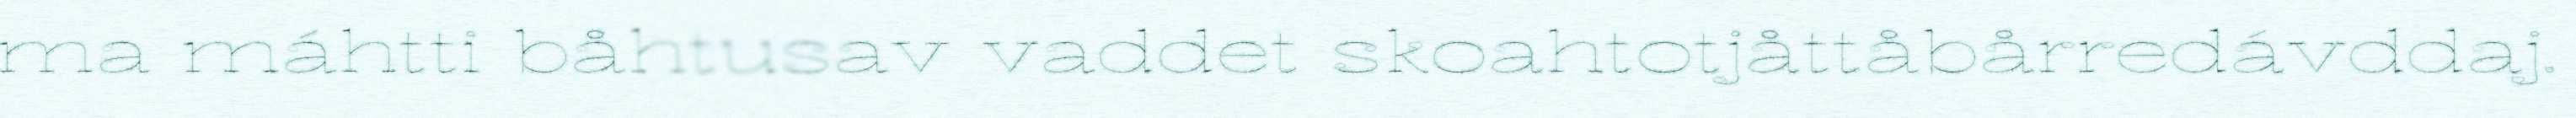
ma máhtti båhtusav vaddet skoahtotjåttåbårredávddaj.